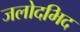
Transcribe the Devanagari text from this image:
जलोदभिद